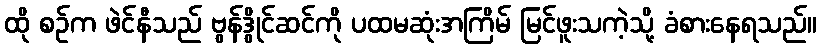
ထို စဉ်က ဖဲင်နီသည် ဗွန်ဒွိုင်ဆင်ကို ပထမဆုံးအကြိမ် မြင်ဖူးသကဲ့သို့ ခံစားနေရသည်။